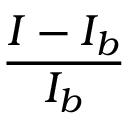
\frac { I - I _ { b } } { I _ { b } }